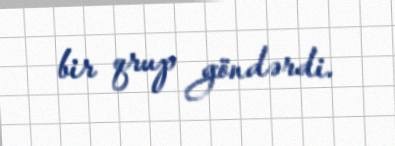
bir qrup göndərdi.